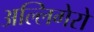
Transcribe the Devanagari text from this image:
अल्लिगेरो